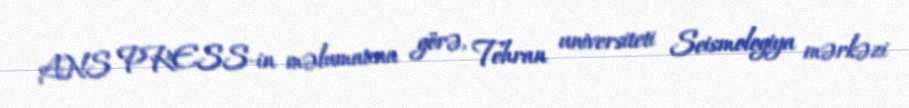
ANS PRESS-in məlumatına görə, Tehran universiteti Seismologiya mərkəzi